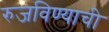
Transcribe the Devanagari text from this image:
रुजविण्याची